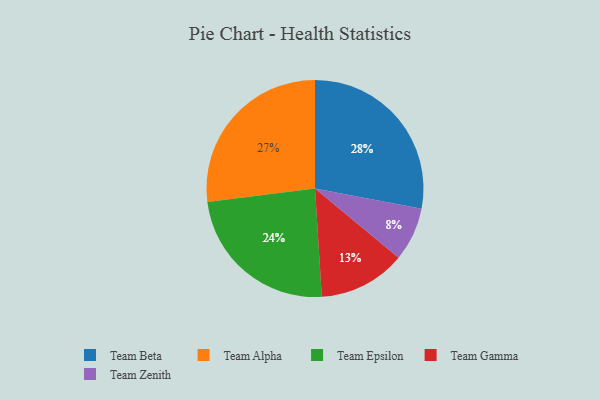
{"axis": {"x": "Category", "y": "Percentage"}, "legend": ["Team Alpha", "Team Beta", "Team Epsilon", "Team Gamma", "Team Zenith"], "data": [{"x": "Team Beta", "y": 28, "type": "Team Beta"}, {"x": "Team Gamma", "y": 13, "type": "Team Gamma"}, {"x": "Team Zenith", "y": 8, "type": "Team Zenith"}, {"x": "Team Alpha", "y": 27, "type": "Team Alpha"}, {"x": "Team Epsilon", "y": 24, "type": "Team Epsilon"}]}